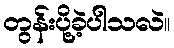
တွန်းပို့ခဲ့ပါသလဲ။